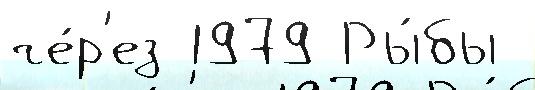
че́р'ез 1979 Ры́бы